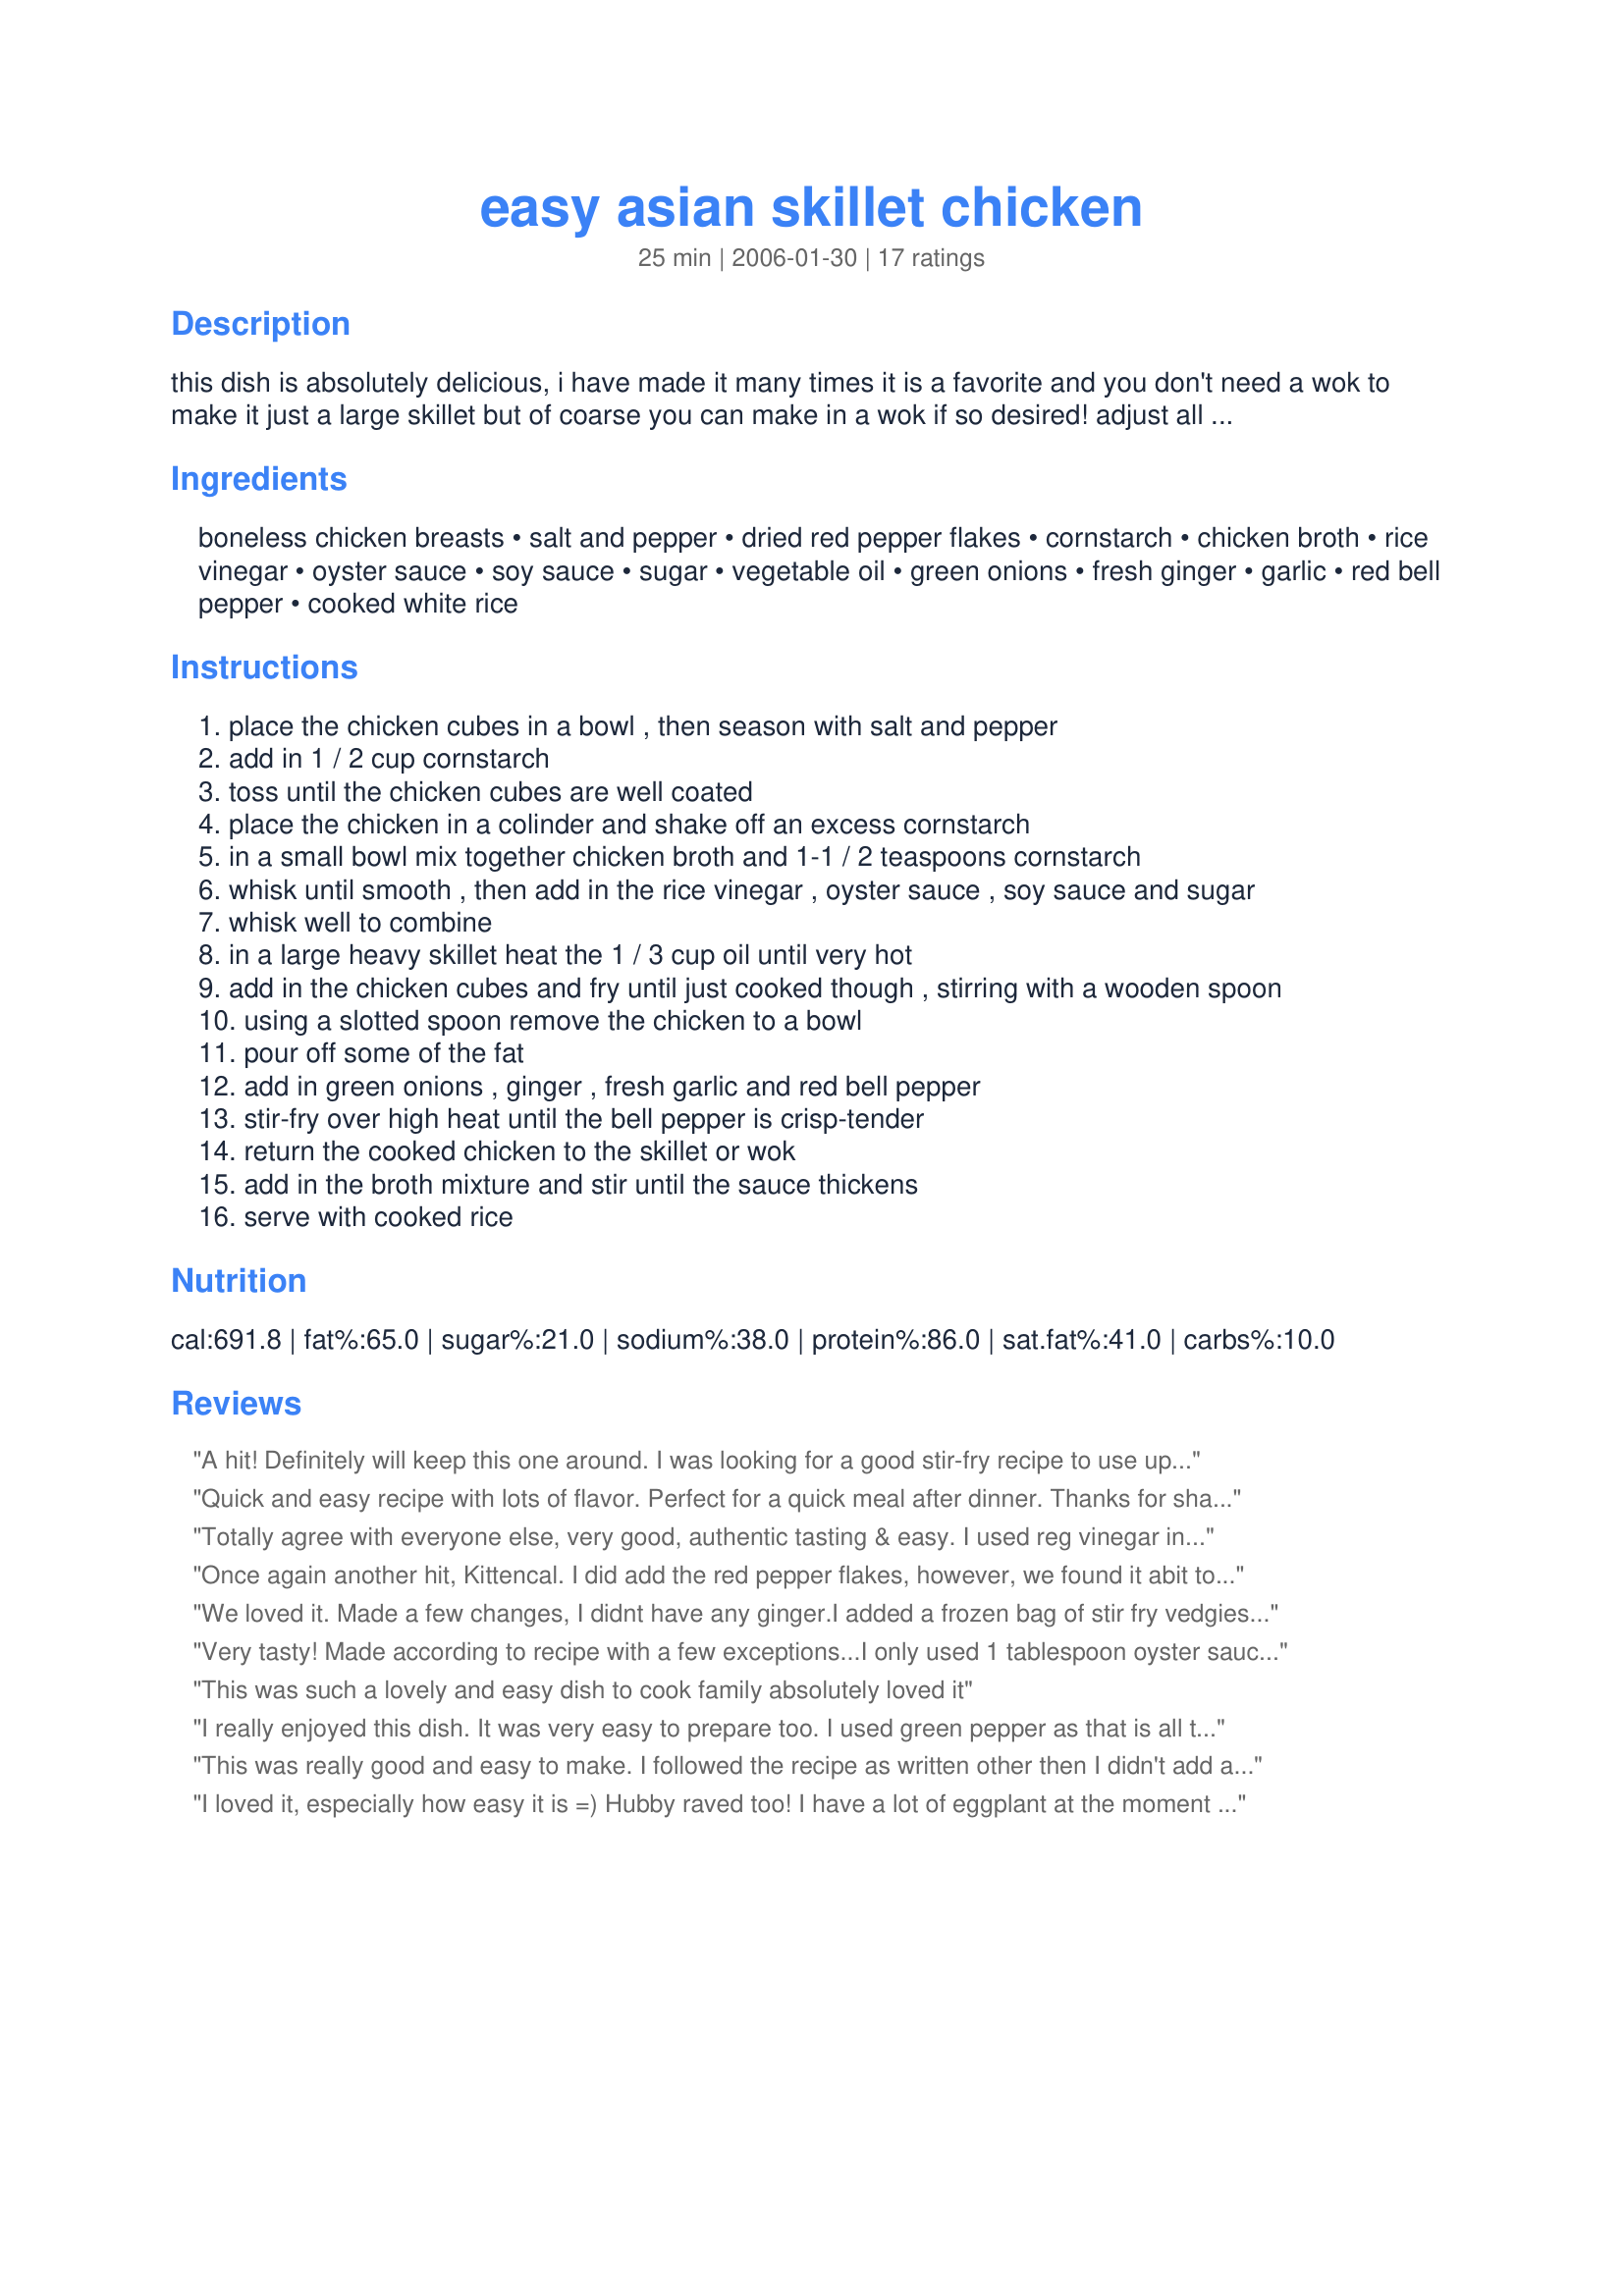
easy asian skillet chicken
Preparation time: 25 minutes

this dish is absolutely delicious, i have made it many times it is a favorite and you don't need a wok to make it just a large skillet but of coarse you can make in a wok if so desired! adjust all ingredients to suit taste. this recipe can be doubled.

Ingredients:
boneless chicken breasts, salt and pepper, dried red pepper flakes, cornstarch, chicken broth, rice vinegar, oyster sauce, soy sauce, sugar, vegetable oil, green onions, fresh ginger, garlic, red bell pepper, cooked white rice

Steps:
place the chicken cubes in a bowl , then season with salt and pepper
add in 1 / 2 cup cornstarch
toss until the chicken cubes are well coated
place the chicken in a colinder and shake off an excess cornstarch
in a small bowl mix together chicken broth and 1-1 / 2 teaspoons cornstarch
whisk until smooth , then add in the rice vinegar , oyster sauce , soy sauce and sugar
whisk well to combine
in a large heavy skillet heat the 1 / 3 cup oil until very hot
add in the chicken cubes and fry until just cooked though , stirring with a wooden spoon
using a slotted spoon remove the chicken to a bowl
pour off some of the fat
add in green onions , ginger , fresh garlic and red bell pepper
stir-fry over high heat until the bell pepper is crisp-tender
return the cooked chicken to the skillet or wok
add in the broth mixture and stir until the sauce thickens
serve with cooked rice

Reviews:
A hit! Definitely will keep this one around. I was looking for a good stir-fry recipe to use up some veggies, so I added carrots, green peppers, celery, and 1/2 cup water. Also, I didn't have oyster sauce, so I substituted Adobo seasoning. Paired with steamed kale and Katjang (Spicy Peanut) Sauce - Recipe #38545, this makes a superb meal. Thanks!
Quick and easy recipe with lots of flavor. Perfect for a quick meal after dinner. Thanks for sharing this one.
Totally agree with everyone else, very good, authentic tasting & easy. I used reg vinegar instead of rice vinegar, no pepper flakes because of my DF. Also chicken thighs as my guys prefer dark meat. Excellent, Thanks!
Once again another hit, Kittencal. I did add the red pepper flakes, however, we found it abit too spicy for our tastes... next time I'll only add 1/2. Used all other ingredients as listed & really enjoyed all the flavours in the sauce. I doubled the bell pepper portion also.
We loved it. Made a few changes, I didnt have any ginger.I added a frozen bag of stir fry vedgies and a 1/2 pound of shrimp. Served it over a mushroom rice. Ill be making this again! Thanks
Very tasty! Made according to recipe with a few exceptions...I only used 1 tablespoon oyster sauce and 2 of the soy and glad I did, it was just on the verge of being too fishy for me. I also used only 2 chicken breasts and added 4 carrots, thinly sliced and a can of water chestnuts to the veggies. Hubby said the chicken was cooked perfectly, good technique to remember! And the taste over all was very good. We both were a bit disappointed that we couldn’t taste the ginger and garlic more, next time I’ll add some raw at the end.
This was such a lovely and easy dish to cook family absolutely loved it
I really enjoyed this dish. It was very easy to prepare too. I used green pepper as that is all that I had. I also added a entire bag of bean sprouts. <br/>I felt like I was out eating in a Asian Restaurant.<br/><br/>Thanks for sharing.
This was really good and easy to make. I followed the recipe as written other then I didn't add any red pepper flakes as I am not crazy about things too spicy. I also didn't have fresh ginger so used ground.
I loved it, especially how easy it is =) Hubby raved too! I have a lot of eggplant at the moment so I added some - sliced and quartered- and it went well together.
I just made this and I am very happy! I used skinless , boneless chicken thighs cut into but sized pieces. I followed the recipe exactly but only added a few "shakes" of the dried red pepper flakes (worried about the kids' tolerance level). I added some extra garlic powder and soy sauce at the end and I can't wait for dinner tonight! Thank you Kittencal!
What a fabulous, easy, quick and luscious chicken dish. I made exactly as the very well-written directions suggested. I didn't have rice vinegar and didn't have a clue as what would be a good substitute (even though I researched for one without success)and it wasn't missed at all. I placed the dried red pepper flakes on the table because everybody in my family has their own heat tolerance. I served this with a basic fried rice which was the perfect accompaniment. Thanks Kittencal for another awesome contribution not only to Zaar, but to my permanent cookbook. This will be a regular in my house for sure. I highly recommend that this be tried by everybody out there in the Zaar community. You won't be sorry.
I was a little disappointed, this was no different than any other Chinese stir fry recipe I've tried. It was tasty, though, and the black pepper on the chicken gave it a bit of a kick.
Delicious! I used beef instead of chicken because that is what I had on hand. (super-thinly sliced).
YOU ROCK!!! We loved this! I didn't have oyster sauce so skipped that. I sprinkled some crushed red pepper flakes on the chicken before I dusted with the cornstarch, and I added some toasted sesame seeds and a few drops of sesame oil to the broth mixture. I also completely skipped the veg oil, and used a couple tbls. of olive oil to brown the chicken in. Thanx for your wonderful recipes! Just Awesome!!
We enjoyed this nice meal for dinner tonight. I did add the dried red pepper flakes when I was stir frying the chicken pieces. I will probably add a little more next time. I also used the 3 teaspoons fresh ginger and will cut down to 2. I used a carrot instead of the red pepper and we really liked that and I will probable double in the future. Thanks for another great recipe Kitten!
This was delicious! Had to modify a bit because I didn't have everything on hand but was close enough. Used ground ginger instead of fresh. Would have liked it to be a little more moist. Otherwise terrific!
